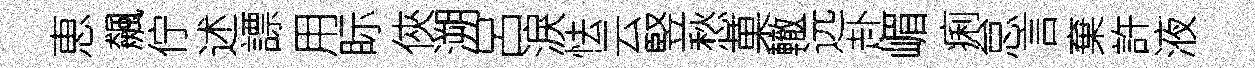
恵飆佇述謤用眎俠溯呂淚怯云竪愁菓轍远赴嵋痢怠言棄許液